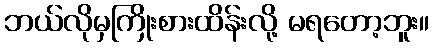
ဘယ်လိုမှကြိုးစားထိန်းလို့ မရတော့ဘူး။